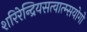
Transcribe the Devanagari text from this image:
शरिरेन्द्रियसत्वात्म्सयोगो